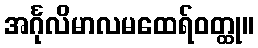
အင်္ဂုလိမာလမထေရ်ဝတ္ထု။